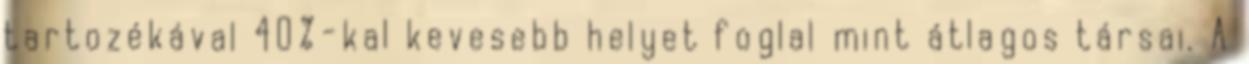
tartozékával 40%-kal kevesebb helyet foglal mint átlagos társai. A